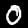
Label: 0